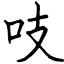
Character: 吱